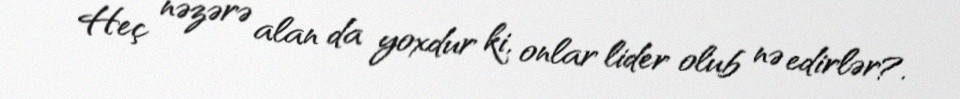
Heç nəzərə alan da yoxdur ki, onlar lider olub nə edirlər?.